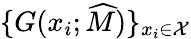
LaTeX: \{ G(x_{i};\widehat{M})\} _{x_{i}\in\mathcal{X}}